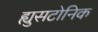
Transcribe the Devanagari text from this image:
ह्युसटोनिक